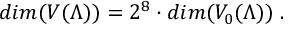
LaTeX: d i m ( V ( \Lambda ) ) = 2 ^ { 8 } \cdot d i m ( V _ { 0 } ( \Lambda ) ) \; .